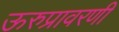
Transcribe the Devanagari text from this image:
ऊरुप्रावरणी